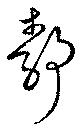
靜